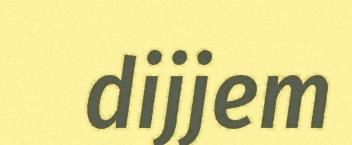
dijjem